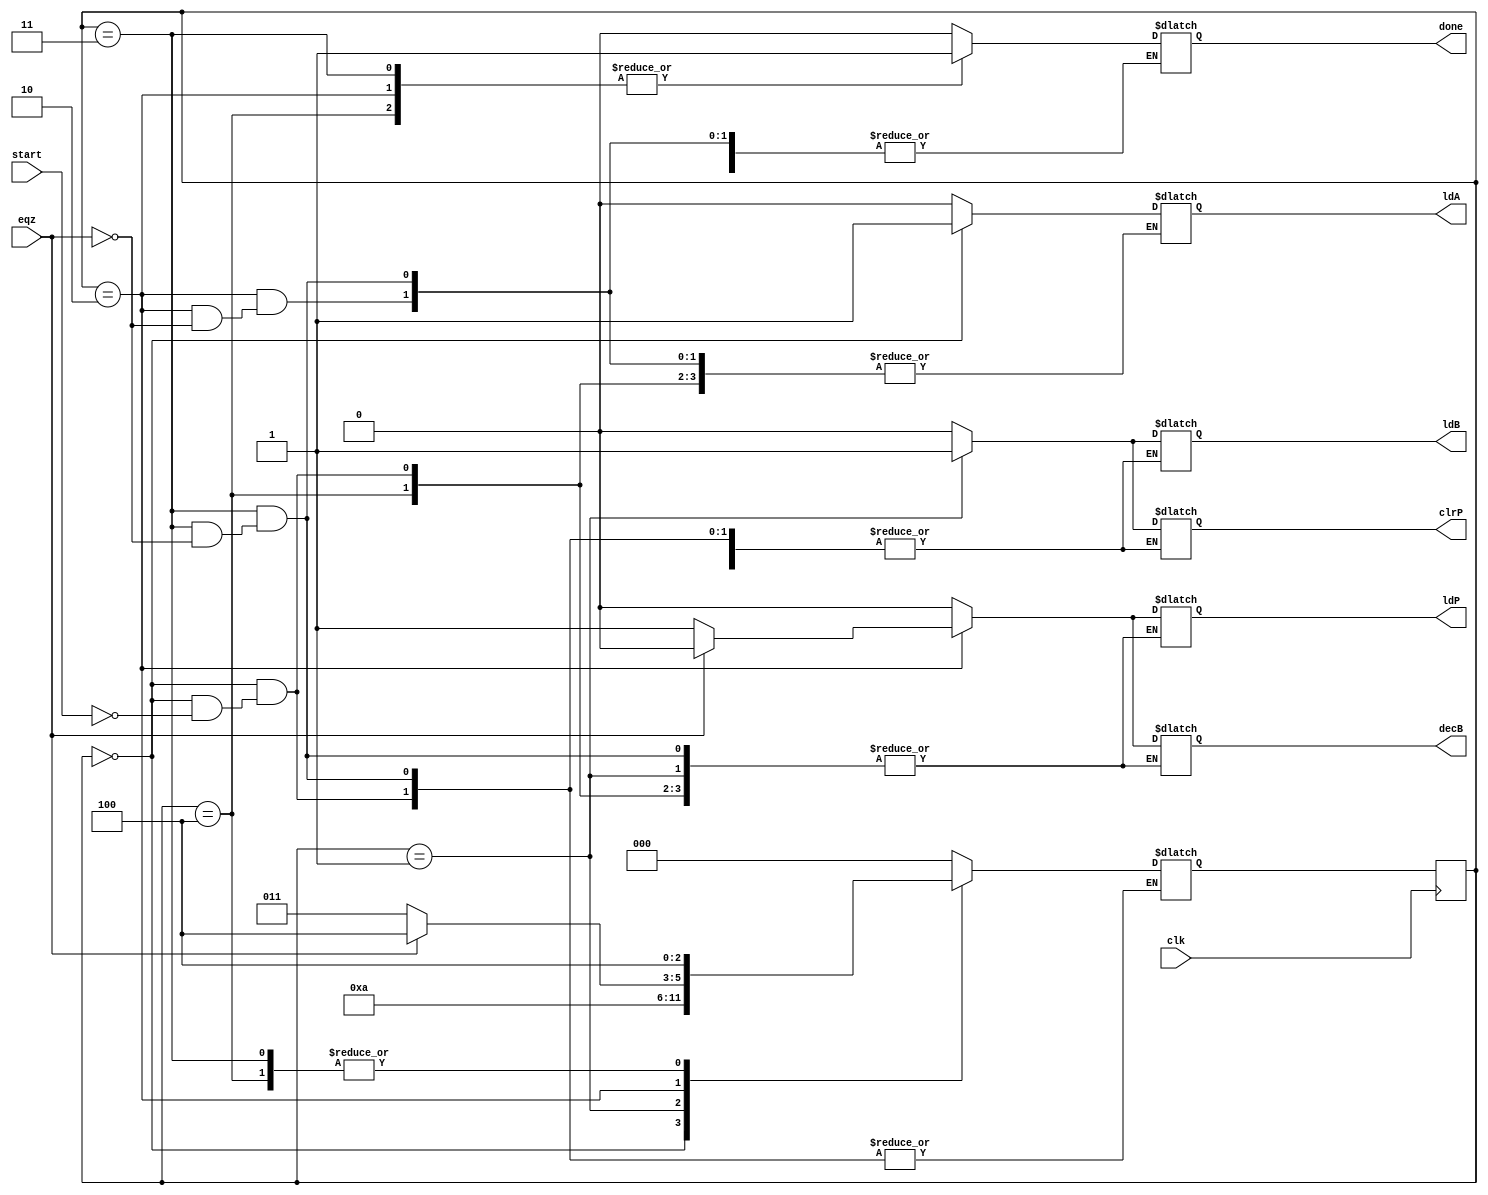
//Module for Controller
module multiplier_controller(done, ldA, ldB, decB, ldP, clrP, clk, start, eqz);
	input clk, start, eqz;
	output reg done, ldA, ldB, decB, ldP, clrP;
	parameter S0 = 0, S1 = 1, S2 = 2, S3 = 3, S4 = 4;
	reg[0:2] present_state, next_state;

	always@(posedge clk) begin
		present_state <= next_state;
	end

	always @(present_state, eqz, start) begin
		case (present_state)
			S0: begin
				#2 if (start) begin
					next_state = S1;
					done = 0; ldA = 1; ldB = 0; decB = 0; ldP = 0; clrP = 0;
				end
			end
			S1: begin
				#2 next_state = S2;
				ldA = 0; ldB = 1; clrP = 1;
			end
			S2: begin
				#2 if (eqz) begin
					next_state = S4;
					done = 1; ldA = 0; ldB = 0; decB = 0; ldP = 0; clrP = 0;
				end
				else begin
					next_state = S3;
					ldB = 0; decB = 1; ldP = 1; clrP = 0;
				end
			end
			S3: begin
				#2 if (eqz) begin
					next_state = S4;
					done = 1; ldA = 0; ldB = 0; decB = 0; ldP = 0; clrP = 0;
				end
			end
			S4: begin
				#2 next_state = S4; done = 1;
			end
			default: begin
				#2 next_state = S0;
				done = 0; ldA = 0; ldB = 0; decB = 0; ldP = 0; clrP = 0;
			end
		endcase
	end
endmodule